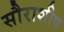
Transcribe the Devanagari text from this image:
सौराशीष